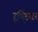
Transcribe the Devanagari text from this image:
हणि्ंटगटन